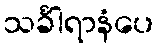
သင်္ခါရာနံပေ